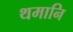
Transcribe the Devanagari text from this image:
थमानि